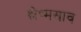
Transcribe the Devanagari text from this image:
श्लेष्मस्राव